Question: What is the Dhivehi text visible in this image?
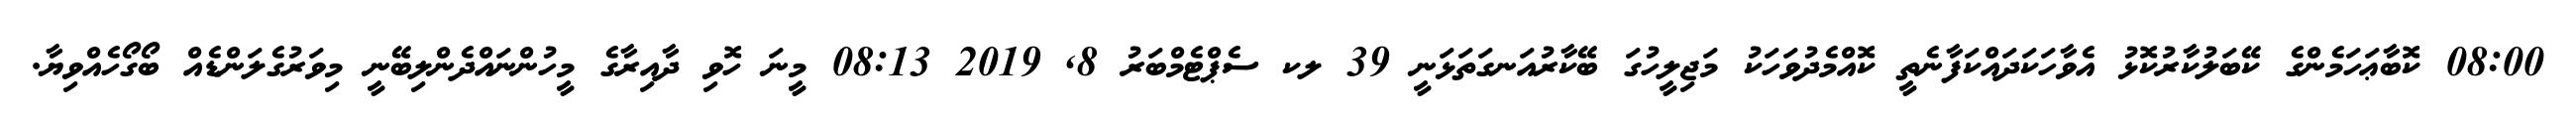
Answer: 08:00 ކޮބާޢަހަމެންގެ ކޭބަލުކާރުކޮޅު އެވާހަކަދައްކަފާނެތީ ކޮއްމެދުވަހަކު މަޖިލީހުގަ ބޭކާރުއަނގަތަޅަނީ 39 ލކ ސެޕްޓެމްބަރު 8, 2019 08:13 މީނަ ހޮވި ދާއިރާގެ މީހުންނައްދެންލިބޭނީ މިވަރުގެލަންޑެއް ބޯގޯހެއްވިޔާ.